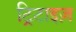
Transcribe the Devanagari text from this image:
ट्रिटाइज़